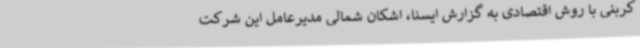
کربنی با روش اقتصادی به گزارش ایسنا، اشکان شمالی مدیرعامل این شرکت